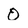
Character: O